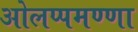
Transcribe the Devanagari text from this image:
ओलप्पमण्णा